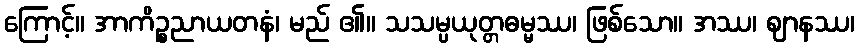
ကြောင့်။ အာကိဉ္စညာယတနံ၊ မည် ၏။ သသမ္ပယုတ္တဓမ္မဿ၊ ဖြစ်သော။ အဿ၊ ဈာနဿ၊